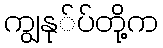
ကျွနု်ပ်တို့က